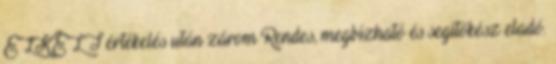
ELKELT értékelés után zárom Rendes, megbízható és segítőkész eladó.